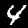
Label: 4